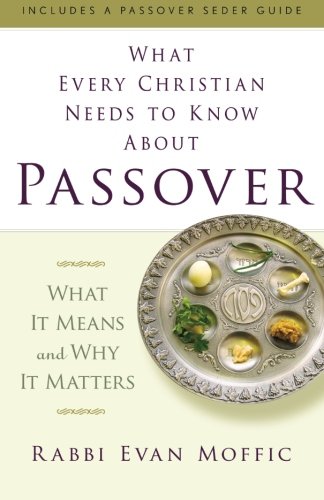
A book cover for What Every Christian Needs to Know about Passover: What It Means and Why It Matters; Evan Moffic; Religion & Spirituality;